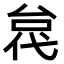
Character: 𫢼